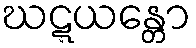
ဃဋ္ဋယန္တော